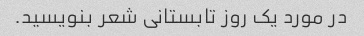
در مورد یک روز تابستانی شعر بنویسید.